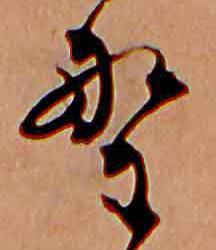
の